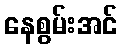
နေစွမ်းအင်